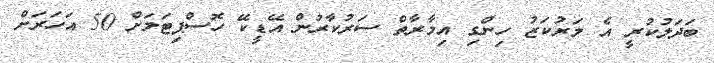
ބަދަލުކުރީ އެ މަރުކަޒު ހިންގި އިމާރާތް ސަރުކާރުން އޭޑީކޭ ހޮސްޕިޓަލަށް 50 އަހަރަށް